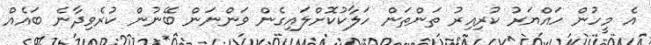
އެ މީހުން ހައްޔަރު ކުރިއިރު ތަންތަން ހަލާކުކޮށްލައިގެން ވަންނަން ބޭނުން ކުރެވިދާނެ ބައެއް